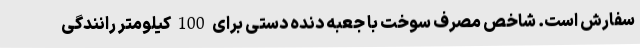
سفارش است. شاخص مصرف سوخت با جعبه دنده دستی برای 100 کیلومتر رانندگی